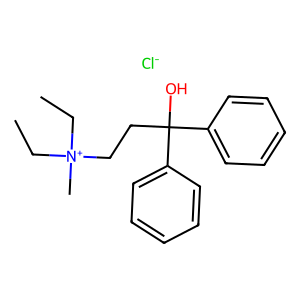
SMILES: CC[N+](C)(CC)CCC(O)(c1ccccc1)c1ccccc1.[Cl-]
Inhibits HIV replication: No